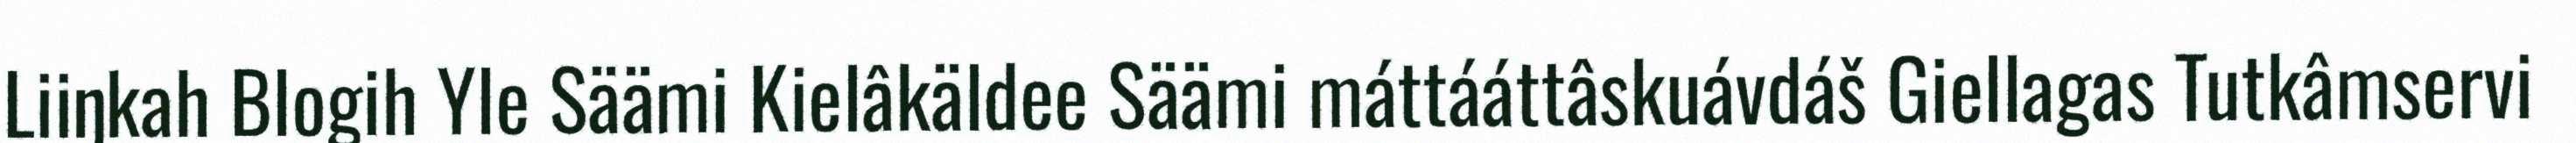
Liiŋkah Blogih Yle Säämi Kielâkäldee Säämi máttááttâskuávdáš Giellagas Tutkâmservi